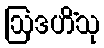
ဩဒဟိံသု